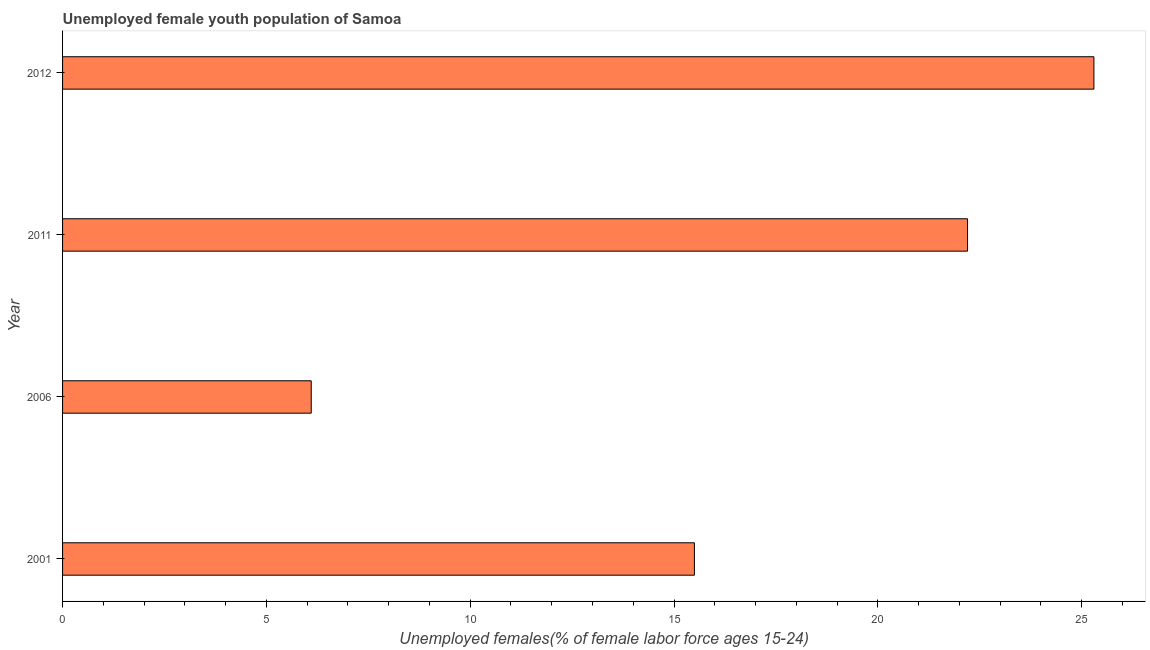
| Year | Unemployment youth female |
 | --- | --- |
 | 2001 | 15.5 |
 | 2006 | 6.1 |
 | 2011 | 22.2 |
 | 2012 | 25.3 |